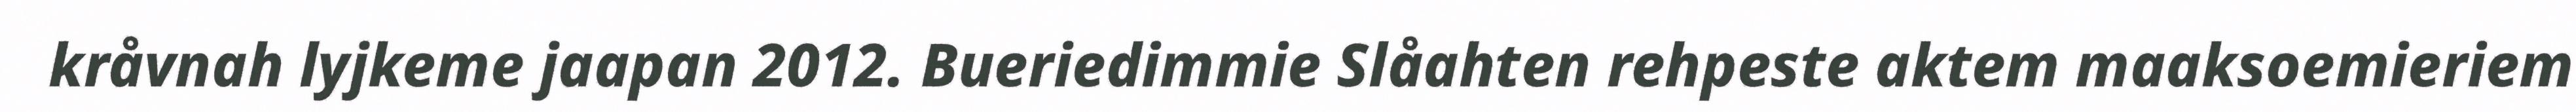
kråvnah lyjkeme jaapan 2012. Bueriedimmie Slåahten rehpeste aktem maaksoemieriem